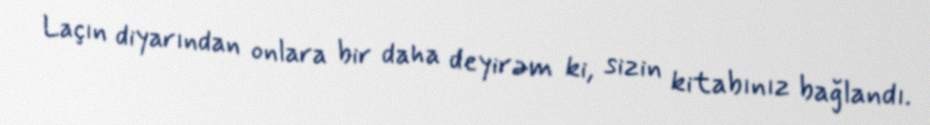
Laçın diyarından onlara bir daha deyirəm ki, sizin kitabınız bağlandı.